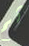
ثم